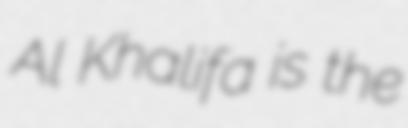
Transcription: Al Khalifa is the